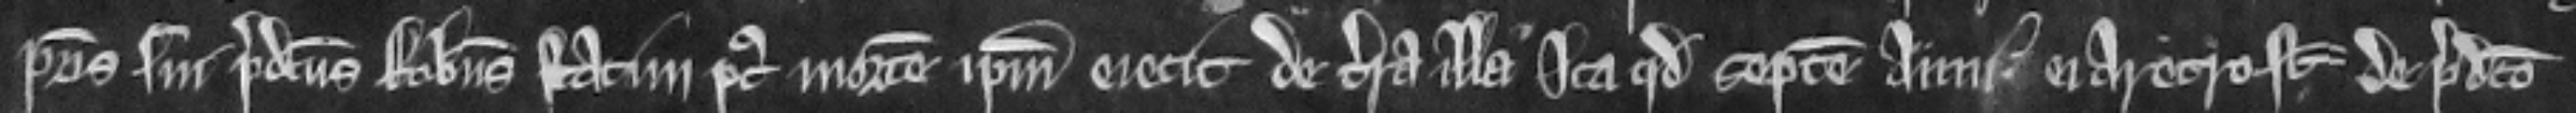
patris sui predictus Robertus statim post mortem ipsum ejecit de terra illa ita quod septem anni ei aretro sunt de predicto